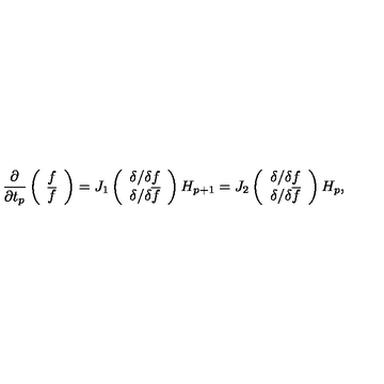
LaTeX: \frac { \partial } { \partial t _ { p } } \left( \begin{array} { c c } { f } \\ { { \overline { f } } } \\ \end{array} \right) = J _ { 1 } \left( \begin{array} { c c } { { \delta } / { \delta f } } \\ { { \delta } / { \delta { \overline { f } } } } \\ \end{array} \right) H _ { p + 1 } = J _ { 2 } \left( \begin{array} { c c } { { \delta } / { \delta f } } \\ { { \delta } / { \delta { \overline { f } } } } \\ \end{array} \right) H _ { p } ,